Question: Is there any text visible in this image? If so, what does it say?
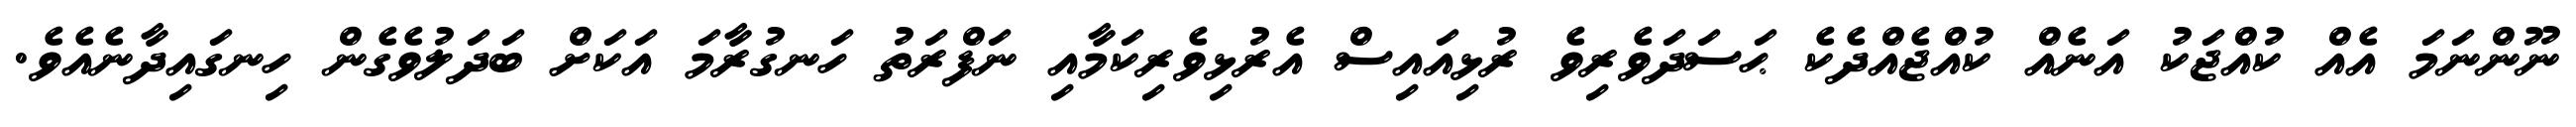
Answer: ނޫންނަމަ އެއް ކުއްޖަކު އަނެއް ކުއްޖެއްދެކެ ޙަސަދަވެރިވެ ރުޅިއައިސް އެރުޅިވެރިކަމާއި ނަފްރަތު ހަނގުރާމަ އަކަށް ބަދަލުވެގެން ހިނގައިދާނެއެވެ.